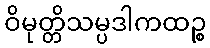
ဝိမုတ္တိသမ္ပဒါကထဉ္စ